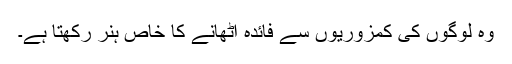
وہ لوگوں کی کمزوریوں سے فائدہ اٹھانے کا خاص ہُنر رکھتا ہے۔